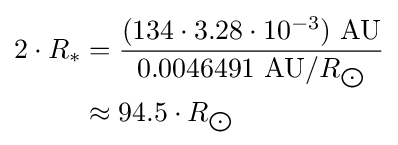
{\begin{aligned}2\cdot R_{*}&={\frac {(134\cdot 3.28\cdot 10^{-3})\ {\text{AU}}}{0.0046491\ {\text{AU}}/R_{\bigodot }}}\\&\approx 94.5\cdot R_{\bigodot }\end{aligned}}